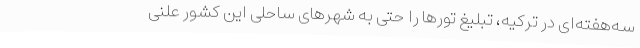
سه‌هفته‌ای در ترکیه، تبلیغ تورها را حتی به شهرهای ساحلی این کشور علنی